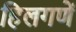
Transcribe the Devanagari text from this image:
हिलगणें